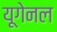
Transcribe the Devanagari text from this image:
यूगेनल